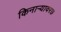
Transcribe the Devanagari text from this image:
किनाऱ्यावर७